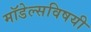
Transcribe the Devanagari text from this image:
मॉडेल्सविषयी